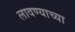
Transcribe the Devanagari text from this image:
लावण्‍याच्‍या